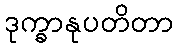
ဒုက္ခာနုပတိတာ